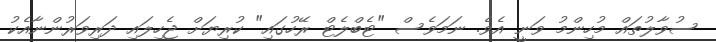
ސުވާލުތައް މުހިންމު ވަނީ އެވެ. ނަމަވެސް "ޓެބްލެޓް ރޭހުގައި" ކުރިޔަށް ޖެހިލައި ދަރިވަރުންނާއެކު